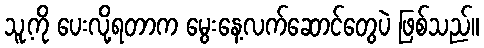
သူ့ကို ပေးလို့ရတာက မွေးနေ့လက်ဆောင်တွေပဲ ဖြစ်သည်။